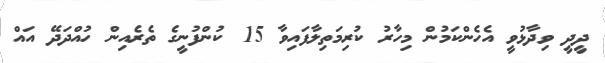
ދީދީ ވިދާޅުވީ އެހެންކަމުން މިހާރު ކުރިމަތިލާފައިވާ 15 ކުންފުނީގެ ތެރެއިން ހުއްދަދޭ އައް